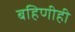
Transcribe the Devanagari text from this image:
बहिणीही